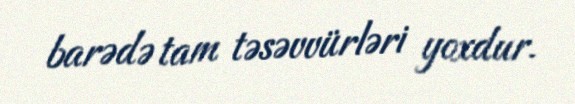
barədə tam təsəvvürləri yoxdur.